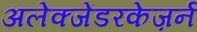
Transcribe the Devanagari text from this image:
अलेक्जेंडरकेज़र्न